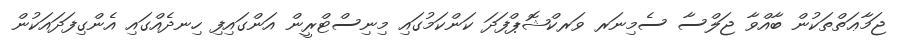
ޖަމާޢަތްތަކުން ބާއްވާ ޖަލްސާ ސެމިނަރ ވަރކްޝޮޕްފަދަ ކަންކަމުގައި މިނިސްޓްރީން އަންގައިފި ހިނދެއްގައި އެންގިފަދައަކުން